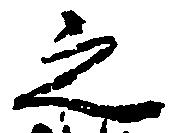
之